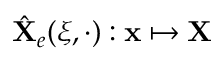
\hat { \bf X } _ { e } ( \xi , \cdot ) : { \bf x } \mapsto { \bf X }